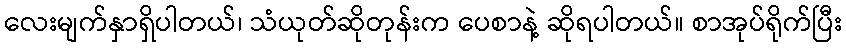
လေးမျက်နှာရှိပါတယ်၊ သံယုတ်ဆိုတုန်းက ပေစာနဲ့ ဆိုရပါတယ်။ စာအုပ်ရိုက်ပြီး